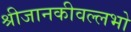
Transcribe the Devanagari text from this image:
श्रीजानकीवल्लभो